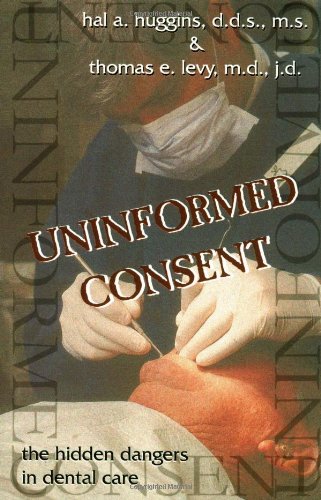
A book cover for Uninformed Consent : The Hidden Dangers in Dental Care; Hal A. Huggins; Medical Books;